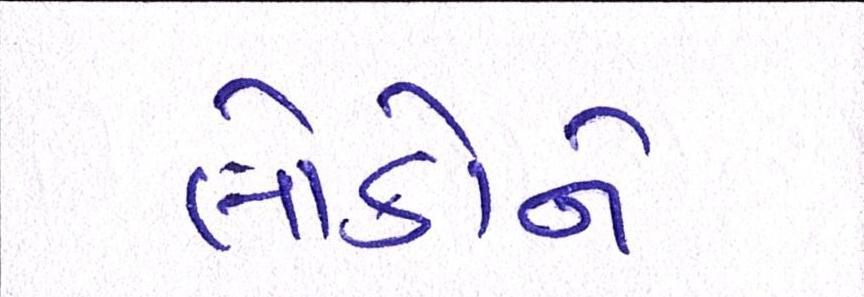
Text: લોકોને